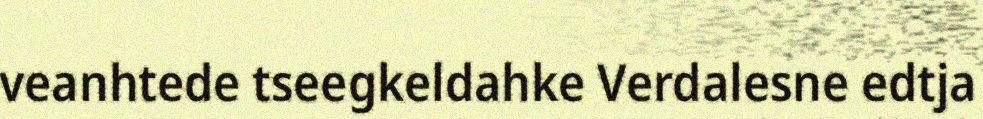
veanhtede tseegkeldahke Verdalesne edtja